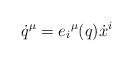
LaTeX: \begin{align*}\dot q ^\mu=e_i{}^ \mu(q) \dot x^i\end{align*}